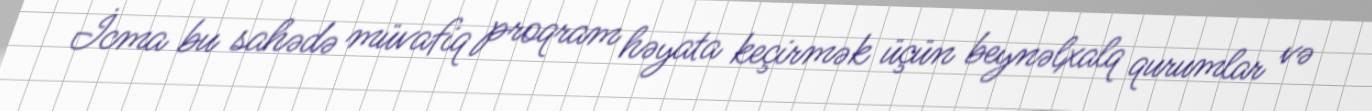
İcma bu sahədə müvafiq proqram həyata keçirmək üçün beynəlxalq qurumlar və